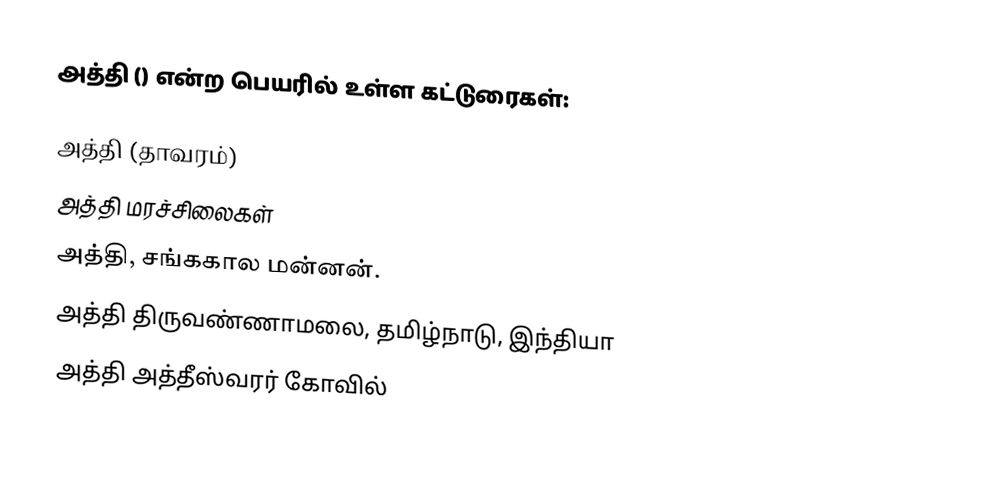
அத்தி () என்ற பெயரில் உள்ள கட்டுரைகள்:

 அத்தி (தாவரம்)
 அத்தி மரச்சிலைகள்
 அத்தி, சங்ககால மன்னன்.
 அத்தி திருவண்ணாமலை, தமிழ்நாடு, இந்தியா
 அத்தி அத்தீஸ்வரர் கோவில்